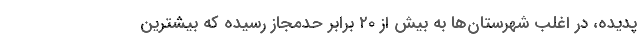
پدیده، در اغلب شهرستان‌ها به بیش از ۲۰ برابر حدمجاز رسیده که بیشترین